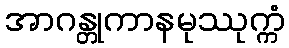
အာဂန္တုကာနမုဿုက္ကံ